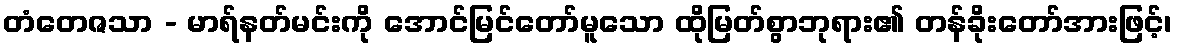
တံတေဇသာ - မာရ်နတ်မင်းကို အောင်မြင်တော်မူသော ထိုမြတ်စွာဘုရား၏ တန်ခိုးတော်အားဖြင့်၊